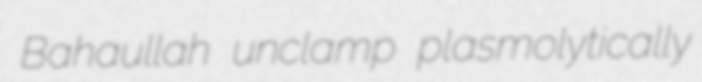
Bahaullah unclamp plasmolytically